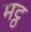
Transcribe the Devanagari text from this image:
मट्ठ